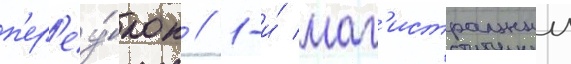
п'ер'еу́лок // 1-и́ маг'истральныи